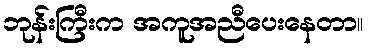
ဘုန်းကြီးက အကူအညီပေးနေတာ။